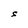
Character: S